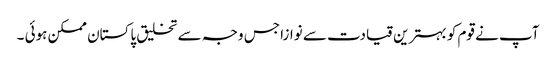
آپ نے قوم کو بہترین قیادت سے نوازا جس وجہ سے تخلیق پاکستان ممکن ہوئی ۔